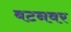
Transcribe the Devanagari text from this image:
बटनवर